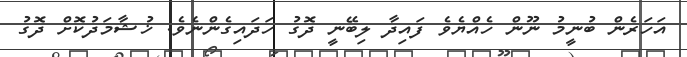
އަހަރެން ބުނީމު ނޫން ހެއްޔެވެ ފައިދާ ލިބޭނީ ދޮގު ހަދައިގެންނެވެ. ޚުޝާމަދުކޮށް ދޮގު